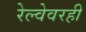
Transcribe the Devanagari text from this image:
रेल्वेवरही